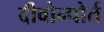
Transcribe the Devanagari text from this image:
दीवोन्पोर्त